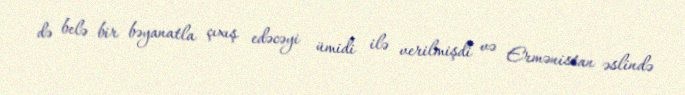
də belə bir bəyanatla çıxış edəcəyi ümidi ilə verilmişdi və Ermənistan əslində